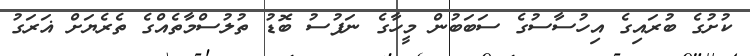
ކުށުގެ ބުރައިގެ އިހުސާސުގެ ސަބަބުން މީހާގެ ނަފުސު ބޮޑު ތުލުސްމާތެއްގެ ތެރެޔަށް ޣަރަގު